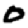
Digit: 0